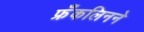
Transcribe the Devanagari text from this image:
फ्रँकलिनने